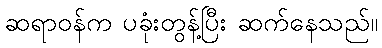
ဆရာဝန်က ပခုံးတွန့်ပြီး ဆက်နေသည်။